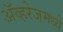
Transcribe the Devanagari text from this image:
ॲव्हरेजमध्ये